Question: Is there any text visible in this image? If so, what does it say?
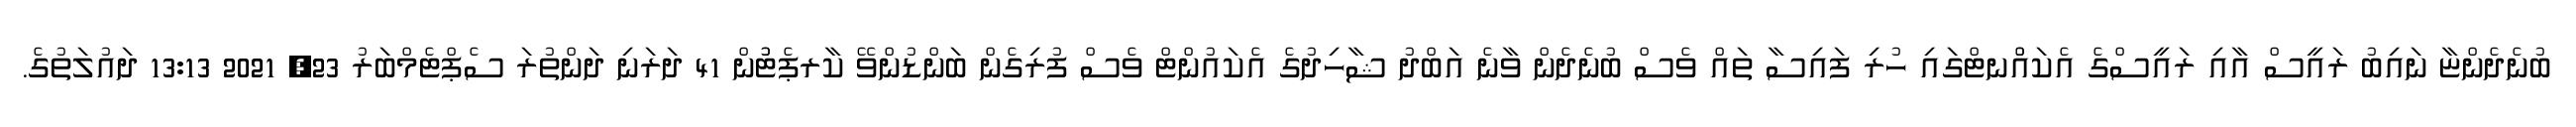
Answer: ބުނެދެންޏާ ނައިބު ރައީސް އާއި ރައީސްގެ އެކައުްނޓްގައި ހުރި ފައިސާ ތައް ވެސް ބުނެދެން ވާނެ އަބްދު ޝާހިދުގެ އެކައުންޓް ވެސް ފުރިގެން ބަންޑުންވޭ ކާރޕެޓުުން 41 ދަރަނި ދަންތުރަ ސެޕްޓެމްބަރު 23, 2021 13:13 ދައުލަތުގެ.